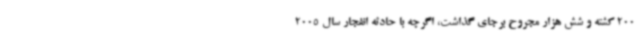
200 کشته و شش هزار مجروح برجای گذاشت، اگرچه با حادثه انفجار سال 2005